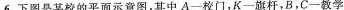
6.下图是某校的平面示意图，其中A一校门，K一旗杆，B，C一教学